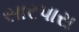
સારપાસ